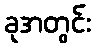
ခုအတွင်း